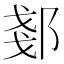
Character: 𫑠